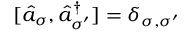
[ \hat { a } _ { \sigma } , \hat { a } _ { \sigma ^ { \prime } } ^ { \dagger } ] = \delta _ { \sigma , \sigma ^ { \prime } }